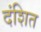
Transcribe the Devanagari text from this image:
दंशित